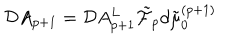
{ \cal D } A _ { p + 1 } = { \cal D } A _ { p + 1 } ^ { L } \tilde { { \cal F } } _ { p } d \tilde { \mu } _ { 0 } ^ { ( p + 1 ) }